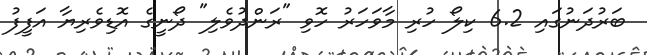
ބަރުދަނުގައި 6.2 ކިލޯ ހުރި މާވަހަރު ހޮވި "ރަންދުވެލި" ދޯނީގެ އޮޑިވެރިޔާ އަފީފު